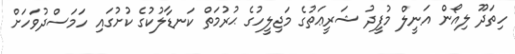
ހިތަދޫ ލިއޯން އަނީލް މުފީދު ޝަރީޢަތުގެ މަޖިލީހުގެ ޙުރުމަތް ކަނޑާލުކުގެ ކުށުގައި ހަމަސްދުވަހަށް